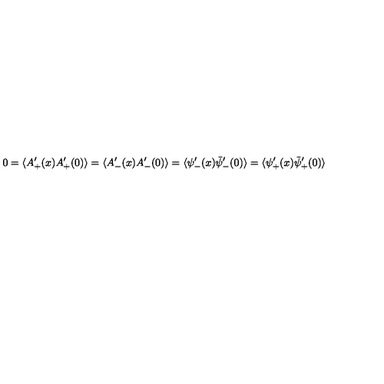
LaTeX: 0 = \langle A _ { + } ^ { \prime } ( x ) A _ { + } ^ { \prime } ( 0 ) \rangle = \langle A _ { - } ^ { \prime } ( x ) A _ { - } ^ { \prime } ( 0 ) \rangle = \langle { \psi } _ { - } ^ { \prime } ( x ) \bar { \psi } _ { - } ^ { \prime } ( 0 ) \rangle = \langle { \psi } _ { + } ^ { \prime } ( x ) \bar { \psi } _ { + } ^ { \prime } ( 0 ) \rangle